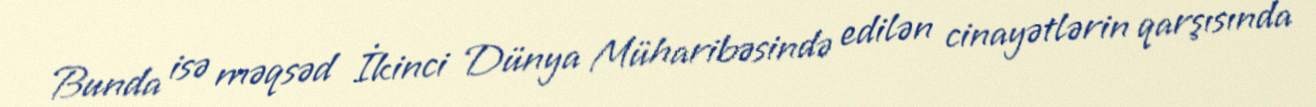
Bunda isə məqsəd İkinci Dünya Müharibəsində edilən cinayətlərin qarşısında